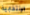
الإنتخابية